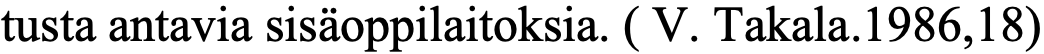
tusta antavia sisäoppilaitoksia. ( V. Takala.1986,18)